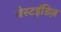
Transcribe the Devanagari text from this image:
वेस्टइंडिज़